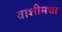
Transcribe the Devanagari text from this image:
वाशीमचा